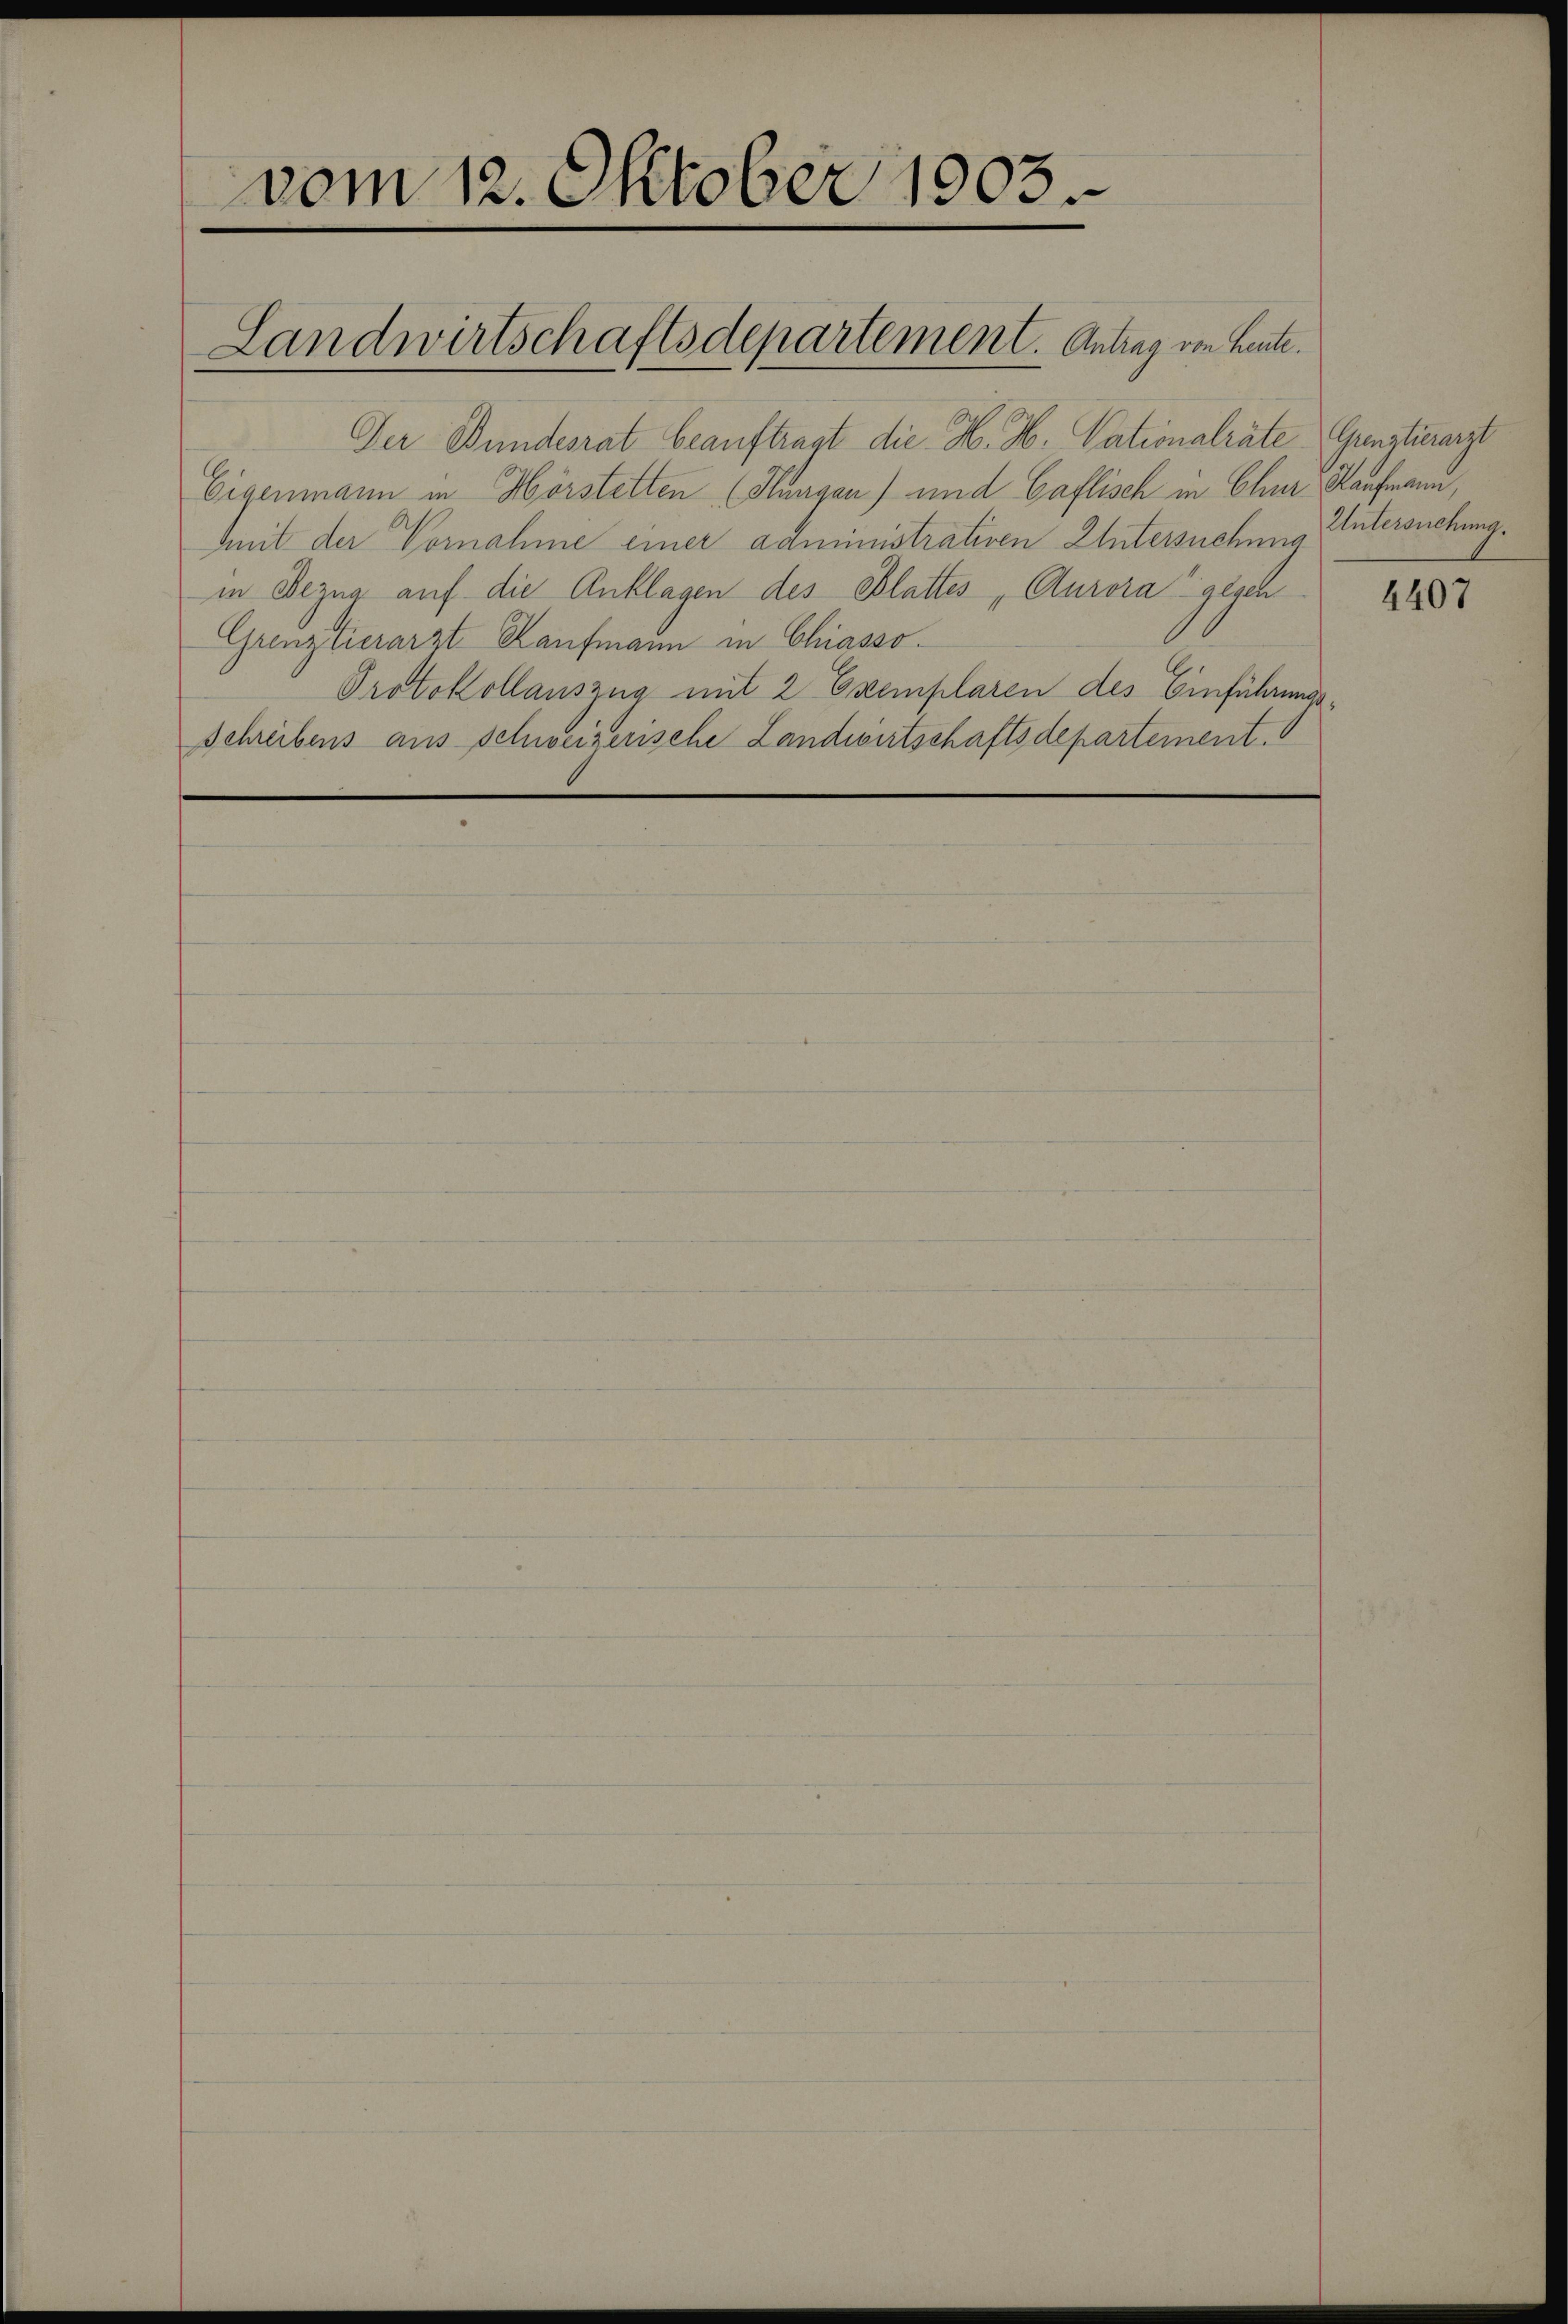
vom 12. Oktober 1903

Landwirtschaftsdepartement. Antrag von Leute.

Der Bundesrat beauftragt die H. H. Vationalräte Gunstierarzt
Eigenmann in Hörstelten (Flurgau) und Gaflisch in Chur Kaufmann,
Mit der Vornahme einer administrativen Untersuchung
in Bezug auf die Anklagen des Blattes, Aurora gegen
Grenzlierarzt Kaufmann in Chiasso¬
Protokollauszug mit 2 Exemplaren des Einführungs¬
Schreibens aus schweizerische Landwirtschaftsdepartement.

Untersuchung.

4407